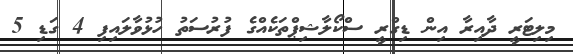
މިލިޓަރީ ދާއިރާ އިން ޑިގްރީ ސްކޯލާޝިޕްތަކެއްގެ ފުރުސަތު ހުޅުވާލައިފި 4 ގަޑި 5